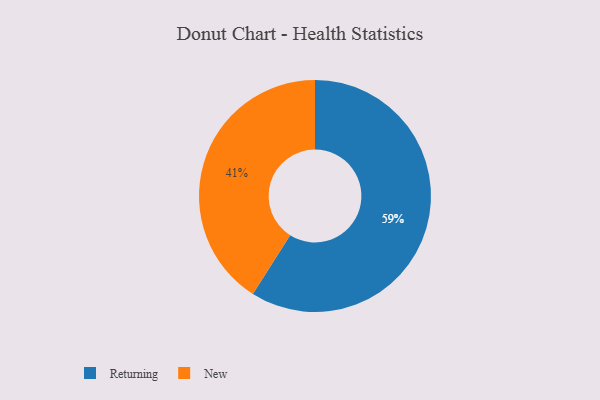
{"axis": {"x": "Category", "y": "Percentage"}, "legend": ["New", "Returning"], "data": [{"x": "Returning", "y": 59, "type": "Returning"}, {"x": "New", "y": 41, "type": "New"}]}